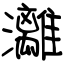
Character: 灕